Sketch of the medical history of the native army of Bombay, for the year
Year: 1875
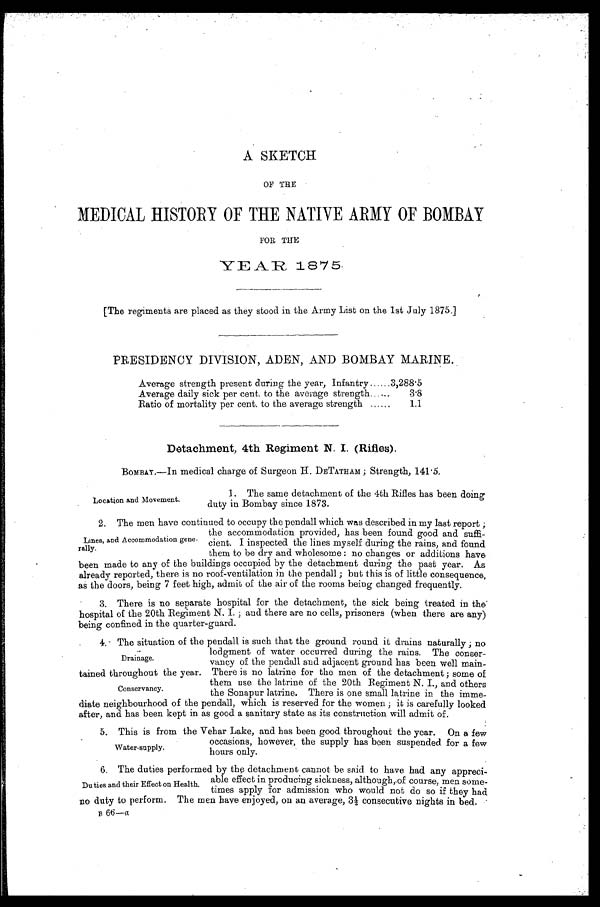
A SKETCH
OF THE
MEDICAL HISTORY OF THE NATIVE ARMY OF BOMBAY
FOR THE
YEAR 1875.
[The regiments are placed as they stood in the Army List on the 1st July 1875.]
PRESIDENCY DIVISION, ADEN, AND BOMBAY MARINE.
Average strength present during the year, Infantry . . . 3,288.5
Average daily sick per cent. to the average strength . . .
3.8
Ratio of mortality per cent. to the average strength . . .
1.1
Detachment, 4th Regiment N. I. (Rifles).
BOMBAY.—In medical charge of Surgeon H. DETATHAM; Strength, 141.5.
Location and Movement.
1. The same detachment of the 4th Rifles has been doing
duty in Bombay since 1873.
2. The men have continued to occupy the pendall which was described in my last report;
the accommodation provided, has been found good and suffi
-
cient. I inspected the lines myself during the rains, and found
them to be dry and wholesome: no changes or additions have
been made to any of the buildings occupied by the detachment during the past year. As
already reported, there is no roof-ventilation in the pendall; but this is of little consequence,
as the doors, being 7 feet high, admit of the air of the rooms being changed frequently.
3. There is no separate hospital for the detachment, the sick being treated in the
hospital of the 20th Regiment N. I.; and there are no cells, prisoners (when there are any)
being confined in the quarter-guard.
4. The situation of the pendall is such that the ground round it drains naturally; no
lodgment of water occurred during the rains. The conser
-
vancy of the pendall and adjacent ground has been well main
-
tained throughout the year. There is no latrine for the men of the detachment; some of
them use the latrine of the 20th Regiment N. I., and others
the Sonapur latrine. There is one small latrine in the imme
-
diate neighbourhood of the pendall, which is reserved for the women; it is carefully looked
after, and has been kept in as good a sanitary state as its construction will admit of.
5 . T h i s i s f r o m t h e V e h a r L a k e , a n d h a s b e e n g o o d t h r o u g h o u t t h e y e a r . O n a f e w
occasions, however, the supply has been suspended for a few
hours only.
6. The duties performed by the detachment cannot be said to have had any appreci
-
able effect in producing sickness, although,of course, men some
-
times apply for admission who would not do so if they had
no duty to perform. The men have enjoyed, on an average, 3½ consecutive nights in bed.
B 66—a
Lines, and Accommodation gene
-
rally.
Drainage.
Conservancy.
Water-supply.
Duties and their Effect on Health.